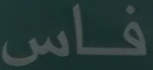
فاس